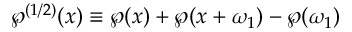
\wp ^ { ( 1 / 2 ) } ( x ) \equiv \wp ( x ) + \wp ( x + \omega _ { 1 } ) - \wp ( \omega _ { 1 } )